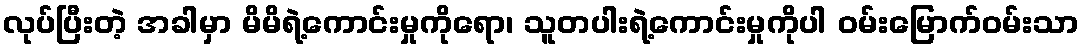
လုပ်ပြီးတဲ့ အခါမှာ မိမိရဲ့ကောင်းမှုကိုရော၊ သူတပါးရဲ့ကောင်းမှုကိုပါ ဝမ်းမြောက်ဝမ်းသာ